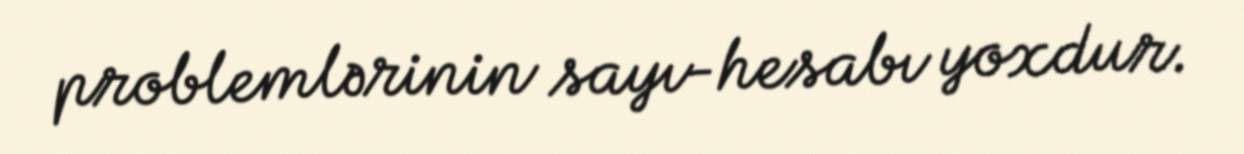
problemlərinin sayı-hesabı yoxdur.